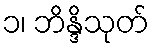
၁၊ ဘိန္ဒိသုတ်